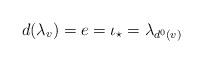
LaTeX: \begin{align*}d(\lambda_v) = e = \iota_{\star} = \lambda_{d^0(v)} \end{align*}